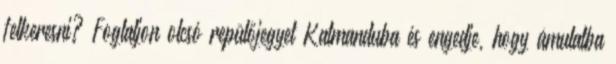
felkeresni? Foglaljon olcsó repülőjegyet Katmanduba és engedje, hogy ámulatba